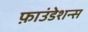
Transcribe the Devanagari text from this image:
फ़ाउंडेशन्स